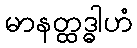
မာနတ္ထဒ္ဓါဟံ